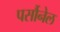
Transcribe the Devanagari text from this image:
पर्सौनेल